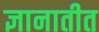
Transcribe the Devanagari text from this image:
ज्ञानातीत